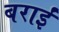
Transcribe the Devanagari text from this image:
बराईं